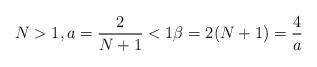
LaTeX: \begin{align*}N > 1, a=\frac{2}{N+1} < 1 \beta = 2 (N+1) = \frac{4}{a}\end{align*}